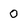
Character: 0